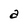
Character: a